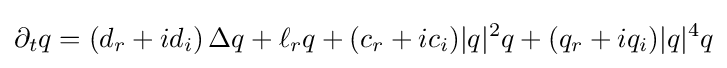
\partial _{t}q=(d_{r}+id_{i})\,\Delta q+\ell _{r}q+(c_{r}+ic_{i})|q|^{2}q+(q_{r}+iq_{i})|q|^{4}q